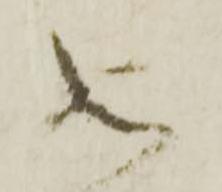
如